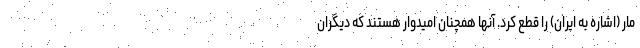
مار (اشاره به ايران) را قطع كرد. آنها همچنان اميدوار هستند كه ديگران